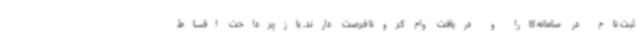
ثبت نام در سامانه کارا و دریافت وام کرونا فرصت دارند. بازپرداخت اقساط